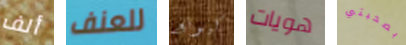
ألف للعنف كيونغ هويات بصحبتي